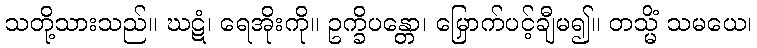
သတို့သားသည်။ ဃဋံ၊ ရေအိုးကို။ ဥက္ခိပန္တော၊ မြှောက်ပင့်ချီမ၍။ တသ္မိံ သမယေ၊